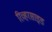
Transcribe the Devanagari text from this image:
रिव्हरसाइड